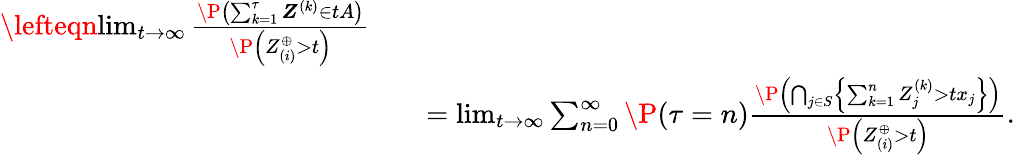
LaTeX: \begin{array}{rlr}{\lefteqn{\operatorname*{lim}_{t\to\infty}\frac{\P\left(\sum_{k=1}^{\tau}\boldsymbol Z^{(k)}\in tA\right)}{\P\left(Z_{(i)}^{\oplus}>t\right)}}}\\ &{}&{=\operatorname*{lim}_{t\to\infty}\sum_{n=0}^{\infty}\P(\tau=n)\frac{\P\left(\bigcap_{j\in S}\left\{ \sum_{k=1}^{n}Z_{j}^{(k)}>tx_{j}\right\} \right)}{\P\left(Z_{(i)}^{\oplus}>t\right)}.}\end{array}